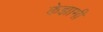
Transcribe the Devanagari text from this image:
केझामी